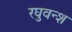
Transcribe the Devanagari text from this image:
रघुवन्श